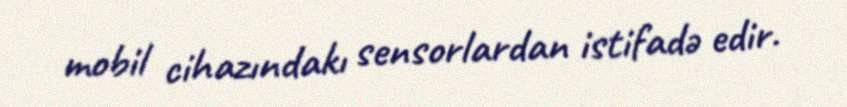
mobil cihazındakı sensorlardan istifadə edir.